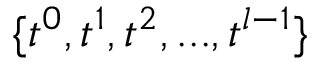
\{ t ^ { 0 } , t ^ { 1 } , t ^ { 2 } , . . . , t ^ { l - 1 } \}